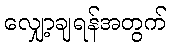
လျှော့ချရန်အတွက်